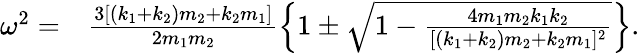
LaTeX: \begin{array}{rl}{\omega^{2}=}&{{}\frac{3[(k_{1}+k_{2})m_{2}+k_{2}m_{1}]}{2m_{1}m_{2}}\left\{ 1\pm\sqrt{1-\frac{4m_{1}m_{2}k_{1}k_{2}}{[(k_{1}+k_{2})m_{2}+k_{2}m_{1}]^{2}}}\right\} .}\end{array}